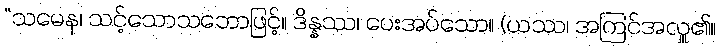
“သမေန၊ သင့်သောသဘောဖြင့်။ ဒိန္နဿ၊ ပေးအပ်သော။ (ယဿ၊ အကြင်အလှူ၏။